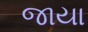
જાયા